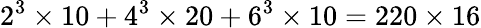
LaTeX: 2^{3}\times 10+4^{3}\times 20+6^{3}\times 10=220\times 16